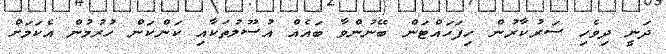
ދަނީ ދިވެހި ސަރުކާރުން ހިފަހައްޓަން ބޭނުންވާ ބައެއް އުސޫލުތަކާއި ކަންކަން ހުރުމުން އެކަމަށް